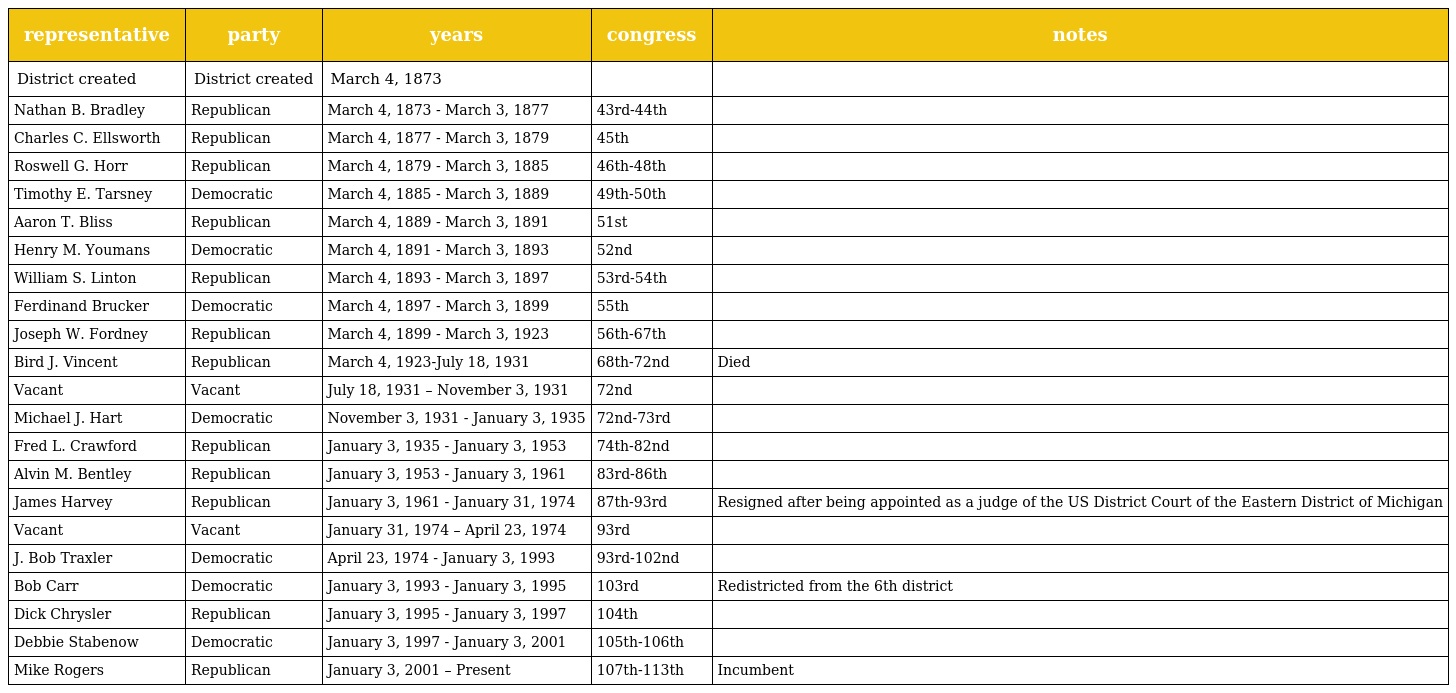
| representative | party | years | congress | notes |
 | --- | --- | --- | --- | --- |
 | District created | District created | March 4, 1873 |  |  |
 | Nathan B. Bradley | Republican | March 4, 1873 - March 3, 1877 | 43rd-44th |  |
 | Charles C. Ellsworth | Republican | March 4, 1877 - March 3, 1879 | 45th |  |
 | Roswell G. Horr | Republican | March 4, 1879 - March 3, 1885 | 46th-48th |  |
 | Timothy E. Tarsney | Democratic | March 4, 1885 - March 3, 1889 | 49th-50th |  |
 | Aaron T. Bliss | Republican | March 4, 1889 - March 3, 1891 | 51st |  |
 | Henry M. Youmans | Democratic | March 4, 1891 - March 3, 1893 | 52nd |  |
 | William S. Linton | Republican | March 4, 1893 - March 3, 1897 | 53rd-54th |  |
 | Ferdinand Brucker | Democratic | March 4, 1897 - March 3, 1899 | 55th |  |
 | Joseph W. Fordney | Republican | March 4, 1899 - March 3, 1923 | 56th-67th |  |
 | Bird J. Vincent | Republican | March 4, 1923-July 18, 1931 | 68th-72nd | Died |
 | Vacant | Vacant | July 18, 1931 – November 3, 1931 | 72nd |  |
 | Michael J. Hart | Democratic | November 3, 1931 - January 3, 1935 | 72nd-73rd |  |
 | Fred L. Crawford | Republican | January 3, 1935 - January 3, 1953 | 74th-82nd |  |
 | Alvin M. Bentley | Republican | January 3, 1953 - January 3, 1961 | 83rd-86th |  |
 | James Harvey | Republican | January 3, 1961 - January 31, 1974 | 87th-93rd | Resigned after being appointed as a judge of the US District Court of the Eastern District of Michigan |
 | Vacant | Vacant | January 31, 1974 – April 23, 1974 | 93rd |  |
 | J. Bob Traxler | Democratic | April 23, 1974 - January 3, 1993 | 93rd-102nd |  |
 | Bob Carr | Democratic | January 3, 1993 - January 3, 1995 | 103rd | Redistricted from the 6th district |
 | Dick Chrysler | Republican | January 3, 1995 - January 3, 1997 | 104th |  |
 | Debbie Stabenow | Democratic | January 3, 1997 - January 3, 2001 | 105th-106th |  |
 | Mike Rogers | Republican | January 3, 2001 – Present | 107th-113th | Incumbent |